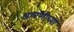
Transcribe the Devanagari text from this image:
श्रावणीच्या